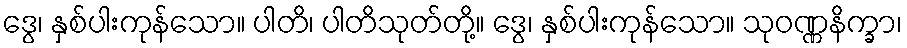
ဒွေ၊ နှစ်ပါးကုန်သော။ ပါတိ၊ ပါတိသုတ်တို့။ ဒွေ၊ နှစ်ပါးကုန်သော။ သုဝဏ္ဏနိက္ခာ၊